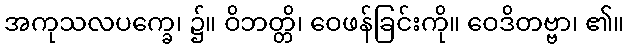
အကုသလပက္ခေ၊ ၌။ ဝိဘတ္တိ၊ ဝေဖန်ခြင်းကို။ ဝေဒိတဗ္ဗာ၊ ၏။